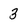
Character: 3